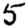
Digit: 5